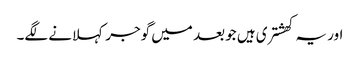
اور یہ کھشتری ہیں جو بعد میں گوجر کہلانے لگے۔